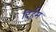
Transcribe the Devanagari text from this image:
दिर्हम